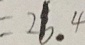
= 2 6 . 4